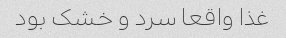
غذا واقعا سرد و خشک بود